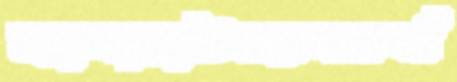
জ্বালায়াউন্নয়নকর্ম